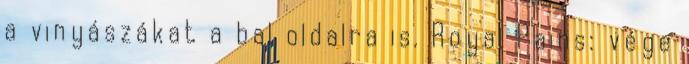
a vinyászákat a bal oldalra is. Royal Pains: vége